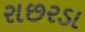
રાછરડા